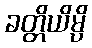
ခတ္တိယိမ္ပိ